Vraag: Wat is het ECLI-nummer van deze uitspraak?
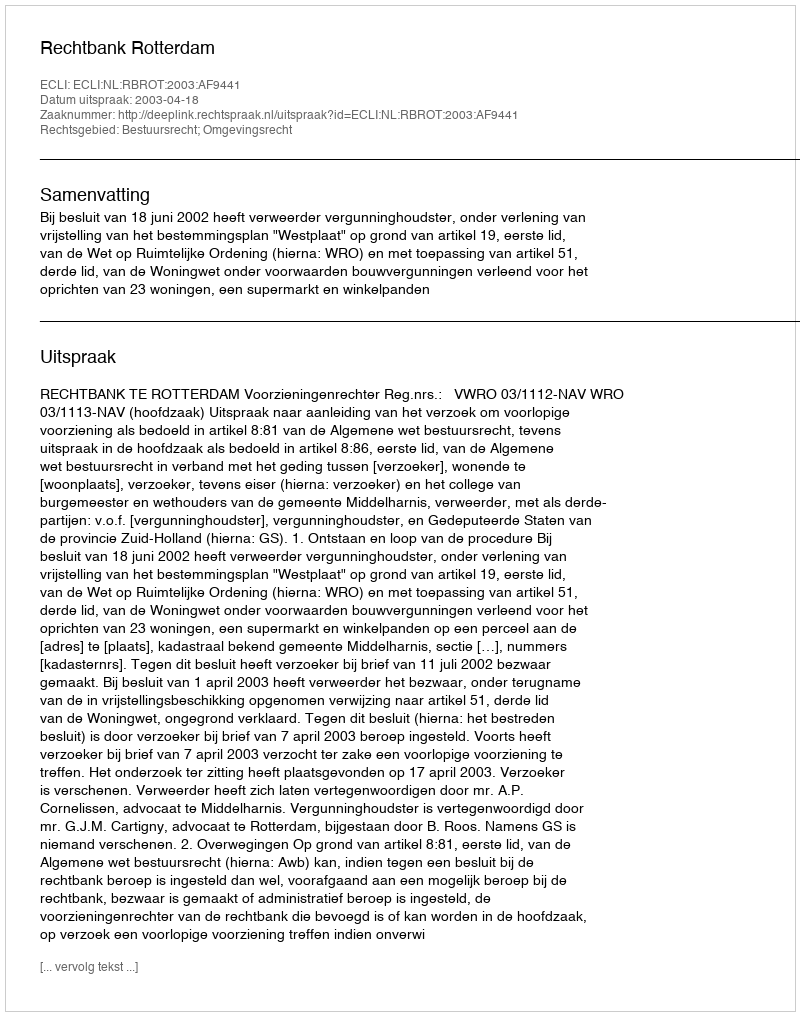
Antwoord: ECLI:NL:RBROT:2003:AF9441